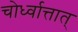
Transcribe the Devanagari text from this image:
चोर्ध्वात्तात्